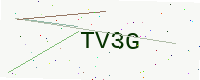
Text: TV3G